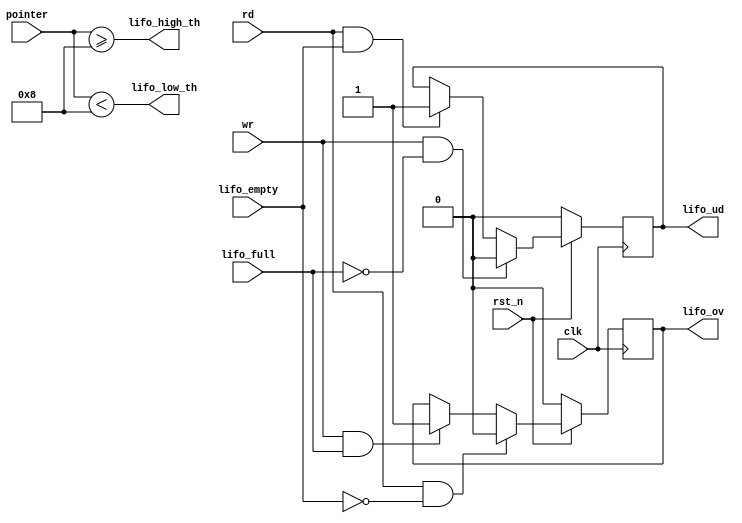
module status_signal_LIFO (clk, rst_n, wr, rd,lifo_empty,lifo_full,lifo_ov,lifo_ud,lifo_low_th,lifo_high_th,pointer);

//inputs
input clk;

input rst_n;
input wr;
input rd;
input lifo_empty;
input lifo_full;
input [9:0] pointer;

//outputs
output reg lifo_ov;
output reg lifo_ud;
output lifo_low_th;
output lifo_high_th;

//Internal signals


wire lifo_re, lifo_we;
//pointer
assign lifo_we = wr & ~lifo_full;
//
assign lifo_re = rd & ~lifo_empty;
//The low threshold signal
assign lifo_low_th = (pointer[9:0] < 8);
assign lifo_high_th = (pointer[9:0] >= 8);

always @ (posedge clk) begin
   if (~rst_n) lifo_ov <= 1'b0;
   else if (lifo_re) lifo_ov <= 1'b0;
   else if (wr & lifo_full) lifo_ov <= 1'b1;
end

//Underflow


always @ (posedge clk) begin
   if (~rst_n) lifo_ud <= 1'b0;
   else if (lifo_we) lifo_ud <= 1'b0;
   else if (rd & lifo_empty) lifo_ud <= 1'b1;
end
endmodule